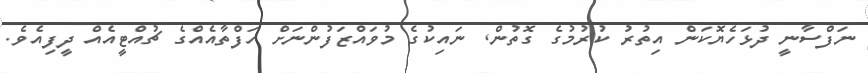
ނަފްސާނީ ދުޅަހެޔޮކަން އިތުރު ކުރުމުގެ ގޮތުން